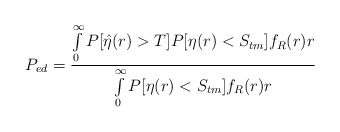
\begin{align*}P_{ed}=\frac{\int\limits_{0}^{\infty}P[\hat{\eta}(r)>T]P[\eta(r)<S_{tm}]f_R(r)r}{\int\limits_{0}^{\infty}P[\eta(r)<S_{tm}]f_R(r)r}\end{align*}